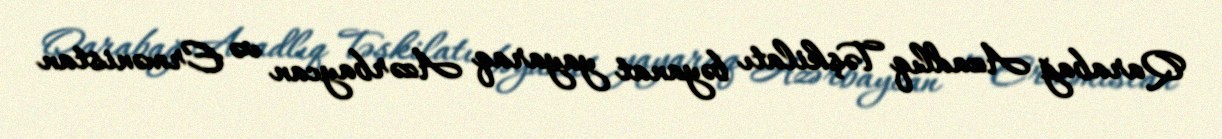
Qarabağ Azadlıq Təşkilatı bəyanat yayaraq Azərbaycan və Ermənistan